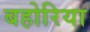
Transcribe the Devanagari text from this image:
बहोरिया